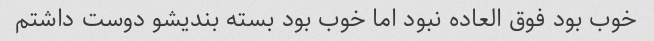
خوب بود فوق العاده نبود اما خوب بود بسته بندیشو دوست داشتم